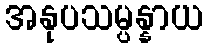
အနုပသမ္ပန္နာယ